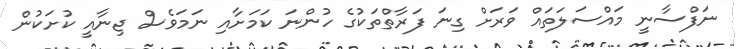
ނަފްސާނީ މައްސަލަތައް ވަރަށް ގިނަ ފަރާތްތަކުގެ ހުންނަ ކަމަށާއި ނަމަވެސް ޖިނާއީ ކުށަކުން